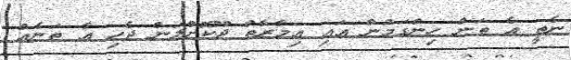
ނެތީ އެ ތަން ހިންގަމުން އައި އިމާރާތް ދޫކޮށްލަން ޖެހި އާ ތަނެއް